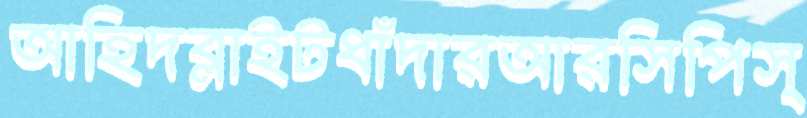
আহিদব্লাইটধাঁদারআরসিপিস্